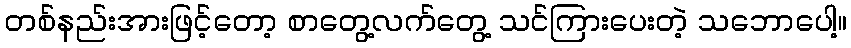
တစ်နည်းအားဖြင့်တော့ စာတွေ့လက်တွေ့ သင်ကြားပေးတဲ့ သဘောပေါ့။